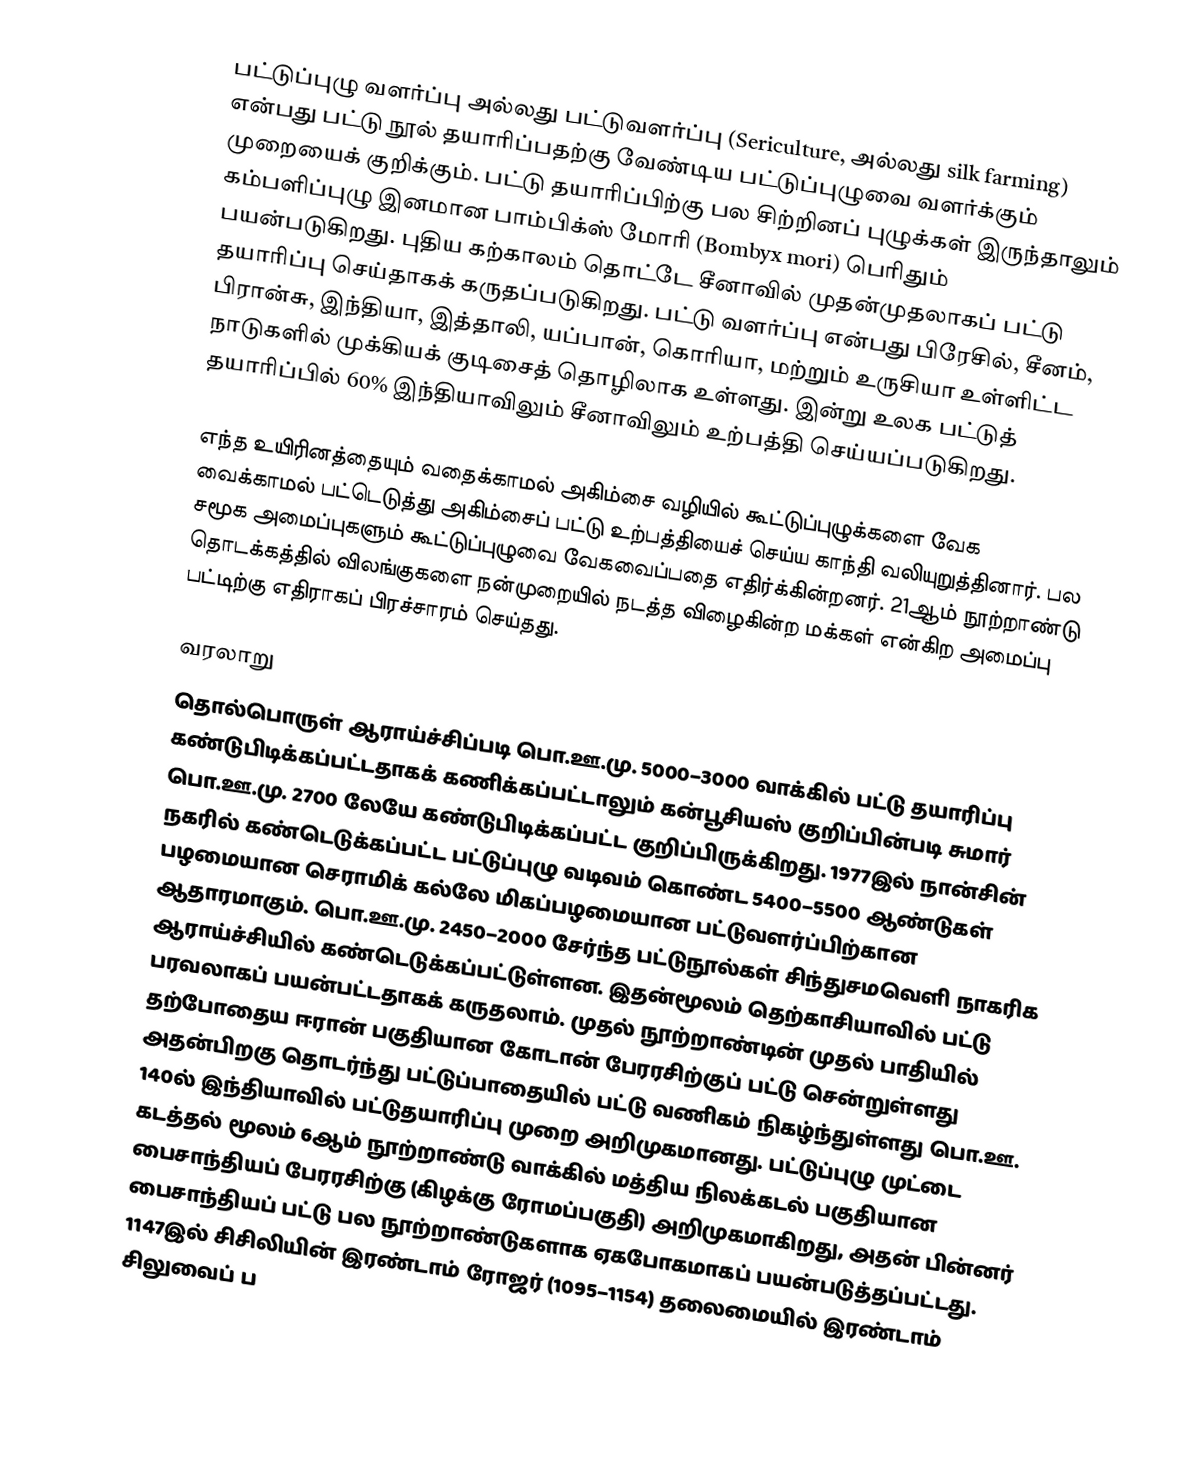
பட்டுப்புழு வளர்ப்பு அல்லது பட்டுவளர்ப்பு (Sericulture, அல்லது silk farming) என்பது பட்டு நூல் தயாரிப்பதற்கு வேண்டிய பட்டுப்புழுவை வளர்க்கும் முறையைக் குறிக்கும். பட்டு தயாரிப்பிற்கு பல சிற்றினப் புழுக்கள் இருந்தாலும் கம்பளிப்புழு இனமான பாம்பிக்ஸ்  மோரி (Bombyx mori) பெரிதும் பயன்படுகிறது. புதிய கற்காலம் தொட்டே சீனாவில் முதன்முதலாகப் பட்டு தயாரிப்பு செய்தாகக் கருதப்படுகிறது. பட்டு வளர்ப்பு என்பது பிரேசில், சீனம், பிரான்சு, இந்தியா, இத்தாலி, யப்பான், கொரியா, மற்றும் உருசியா உள்ளிட்ட நாடுகளில் முக்கியக் குடிசைத் தொழிலாக உள்ளது. இன்று உலக பட்டுத் தயாரிப்பில் 60% இந்தியாவிலும் சீனாவிலும் உற்பத்தி செய்யப்படுகிறது.

எந்த உயிரினத்தையும் வதைக்காமல் அகிம்சை வழியில் கூட்டுப்புழுக்களை வேக வைக்காமல் பட்டெடுத்து அகிம்சைப் பட்டு உற்பத்தியைச் செய்ய காந்தி வலியுறுத்தினார். பல சமூக அமைப்புகளும் கூட்டுப்புழுவை வேகவைப்பதை எதிர்க்கின்றனர். 21ஆம் நூற்றாண்டு தொடக்கத்தில் விலங்குகளை நன்முறையில் நடத்த விழைகின்ற மக்கள் என்கிற அமைப்பு பட்டிற்கு எதிராகப் பிரச்சாரம் செய்தது.

வரலாறு
தொல்பொருள் ஆராய்ச்சிப்படி பொ.ஊ.மு. 5000–3000 வாக்கில் பட்டு தயாரிப்பு கண்டுபிடிக்கப்பட்டதாகக் கணிக்கப்பட்டாலும் கன்பூசியஸ் குறிப்பின்படி சுமார் பொ.ஊ.மு. 2700 லேயே கண்டுபிடிக்கப்பட்ட குறிப்பிருக்கிறது. 1977இல் நான்சின் நகரில் கண்டெடுக்கப்பட்ட பட்டுப்புழு வடிவம் கொண்ட 5400–5500 ஆண்டுகள் பழமையான செராமிக் கல்லே மிகப்பழமையான பட்டுவளர்ப்பிற்கான ஆதாரமாகும். பொ.ஊ.மு. 2450–2000 சேர்ந்த பட்டுநூல்கள் சிந்துசமவெளி நாகரிக ஆராய்ச்சியில் கண்டெடுக்கப்பட்டுள்ளன. இதன்மூலம் தெற்காசியாவில் பட்டு பரவலாகப் பயன்பட்டதாகக் கருதலாம். முதல் நூற்றாண்டின் முதல் பாதியில் தற்போதைய ஈரான் பகுதியான கோடான் பேரரசிற்குப் பட்டு சென்றுள்ளது அதன்பிறகு தொடர்ந்து பட்டுப்பாதையில் பட்டு வணிகம் நிகழ்ந்துள்ளது பொ.ஊ. 140ல் இந்தியாவில் பட்டுதயாரிப்பு முறை அறிமுகமானது. பட்டுப்புழு முட்டை கடத்தல் மூலம் 6ஆம் நூற்றாண்டு வாக்கில் மத்திய நிலக்கடல் பகுதியான பைசாந்தியப் பேரரசிற்கு (கிழக்கு ரோமப்பகுதி) அறிமுகமாகிறது, அதன் பின்னர் பைசாந்தியப் பட்டு பல நூற்றாண்டுகளாக ஏகபோகமாகப் பயன்படுத்தப்பட்டது. 1147இல் சிசிலியின் இரண்டாம் ரோஜர் (1095–1154) தலைமையில் இரண்டாம் சிலுவைப் ப